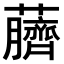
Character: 𫊖